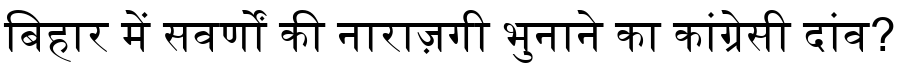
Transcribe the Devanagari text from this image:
बिहार में सवर्णों की नाराज़गी भुनाने का कांग्रेसी दांव?